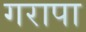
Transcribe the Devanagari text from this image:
गरापा